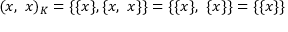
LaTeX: ( x , \ x ) _ { K } = \{ \{ x \} , \{ x , \ x \} \} = \{ \{ x \} , \ \{ x \} \} = \{ \{ x \} \}